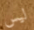
ليس